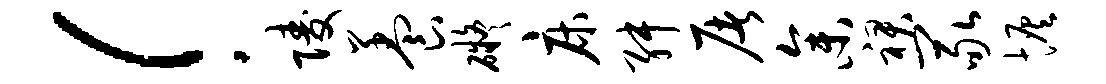
！陵养碍床舛屠参裙冢恢